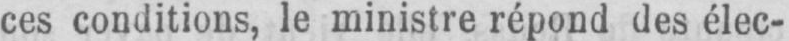
ces conditions, le ministre répond des élec-